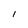
Character: l